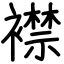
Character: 襟